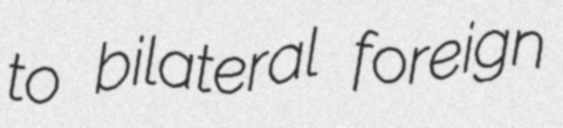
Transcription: to bilateral foreign